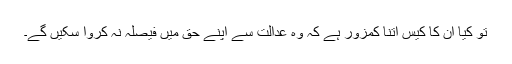
تو کیا ان کا کیس اتنا کمزور ہے کہ وہ عدالت سے اپنے حق میں فیصلہ نہ کروا سکیں گے۔